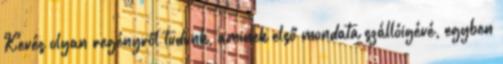
Kevés olyan regényről tudunk, aminek első mondata szállóigévé, egyben